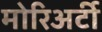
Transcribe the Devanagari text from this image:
मोरिअर्टी